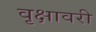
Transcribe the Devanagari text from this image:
वृक्षावरी